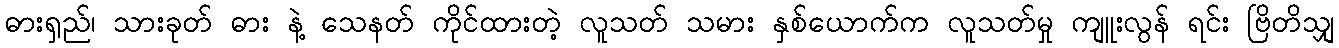
ဓားရှည်၊ သားခုတ် ဓား နဲ့ သေနတ် ကိုင်ထားတဲ့ လူသတ် သမား နှစ်ယောက်က လူသတ်မှု ကျူးလွန် ရင်း ဗြိတိသျှ